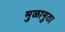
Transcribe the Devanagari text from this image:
मुळामुठा